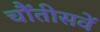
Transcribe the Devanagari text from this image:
चौंतीसवें